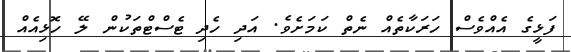
ފަޅީގެ އެއްވެސް ހަރަކާތެއް ނެތް ކަމަށެވެ. އަދި ހެދި ޓެސްޓްތަކުން ލޭ ހޮޅިއެއް